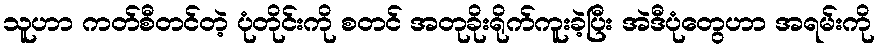
သူဟာ ကတ်စီတင်တဲ့ ပုံတိုင်းကို စတင် အတုခိုးရိုက်ကူးခဲ့ပြီး အဲဒီပုံတွေဟာ အရမ်းကို